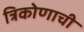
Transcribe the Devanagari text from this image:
त्रिकोणाची